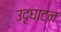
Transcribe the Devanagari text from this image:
उदृघाटन